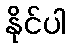
နိုင်ပါ